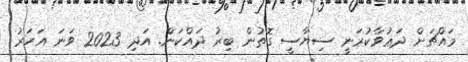
މައްޗަށް ދަޢުވާކުރަނީ ސިޔާސީ ގޮތުން ބިރު ދައްކަން. އަދި 2023 ވަނަ އަހަރު